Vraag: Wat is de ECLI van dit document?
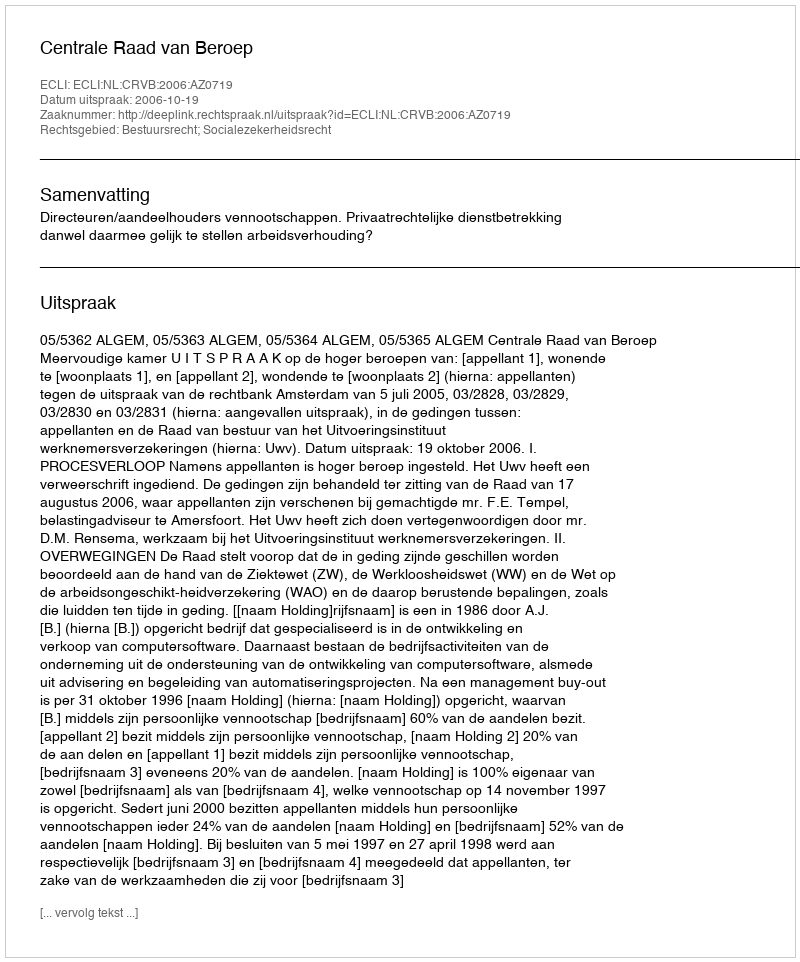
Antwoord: ECLI:NL:CRVB:2006:AZ0719